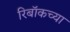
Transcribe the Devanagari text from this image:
रिबॉकच्या